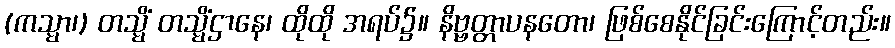
(ကသ္မာ၊) တသ္မိံ တသ္မိံဌာနေ၊ ထိုထို အရပ်၌။ နိဗ္ဗတ္တာပနတော၊ ဖြစ်စေနိုင်ခြင်းကြောင့်တည်း။